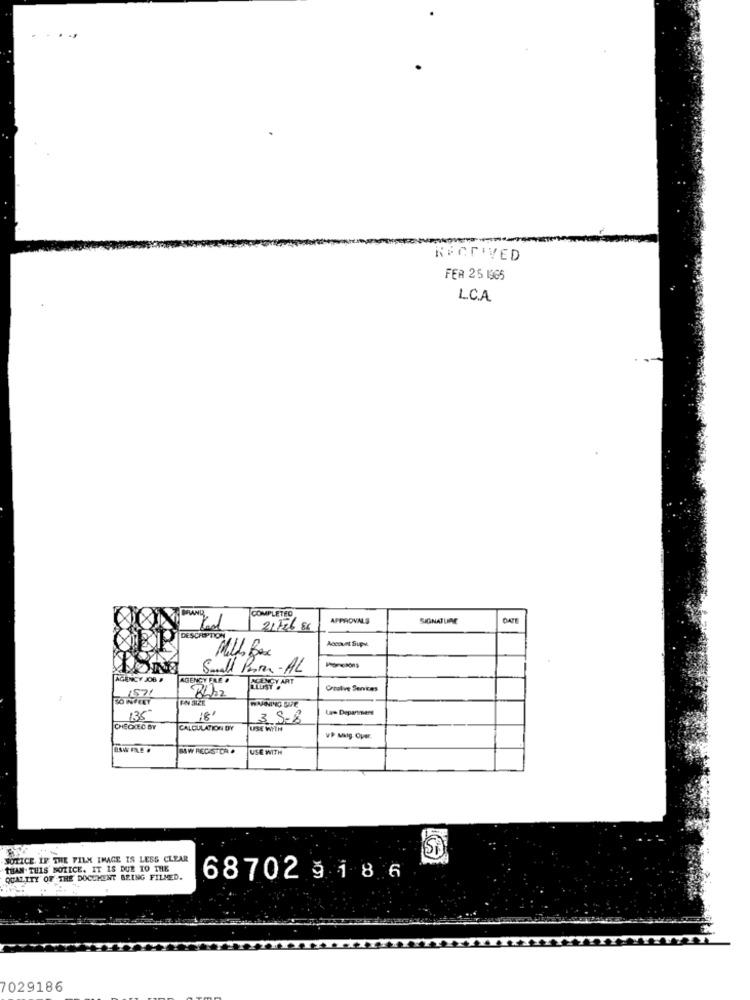
RECEIVED
FER 25 1365
LCA
COMPLETED
APPROVALS
SIGNATURE
21726 86
DESCRIPTION
Account Sups.
Mill Box
Small Porrer - AL
AGENCY JOB
AGENCY FRE
TOPAYY ART
Creative Services
EN SIZE
Les Department
136
18'
3 9.8
CHECKED BY
CALCULATION DY
USE WITH
VP Malg. Oper.
BAW FLE .
BAW RECISTDR .
USE WITH
NOTICE. IF THE FILX IMAGE IS LESS CLEAR
THAN THIS NOTICE. IT IS DUE TO THE
QUALITY OF THE DOCUMENT BEING FILMED.
68702 9 1 8 6
7029186